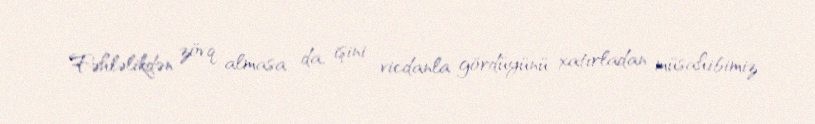
Fəhləlikdən zövq almasa da, işini vicdanla gördüyünü xatırladan müsahibimiz